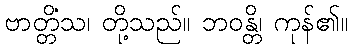
ဗာတ္တိံသ၊ တို့သည်။ ဘဝန္တိ၊ ကုန်၏။